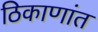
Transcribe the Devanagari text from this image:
ठिकाणांत